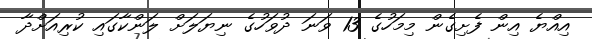
އިއްޔެ އިން ފެށިގެން މިމަހުގެ 13 ވަނަ ދުވަހުގެ ނިޔަލަށް ލަންކާގައި ކުރިއަށްދާ